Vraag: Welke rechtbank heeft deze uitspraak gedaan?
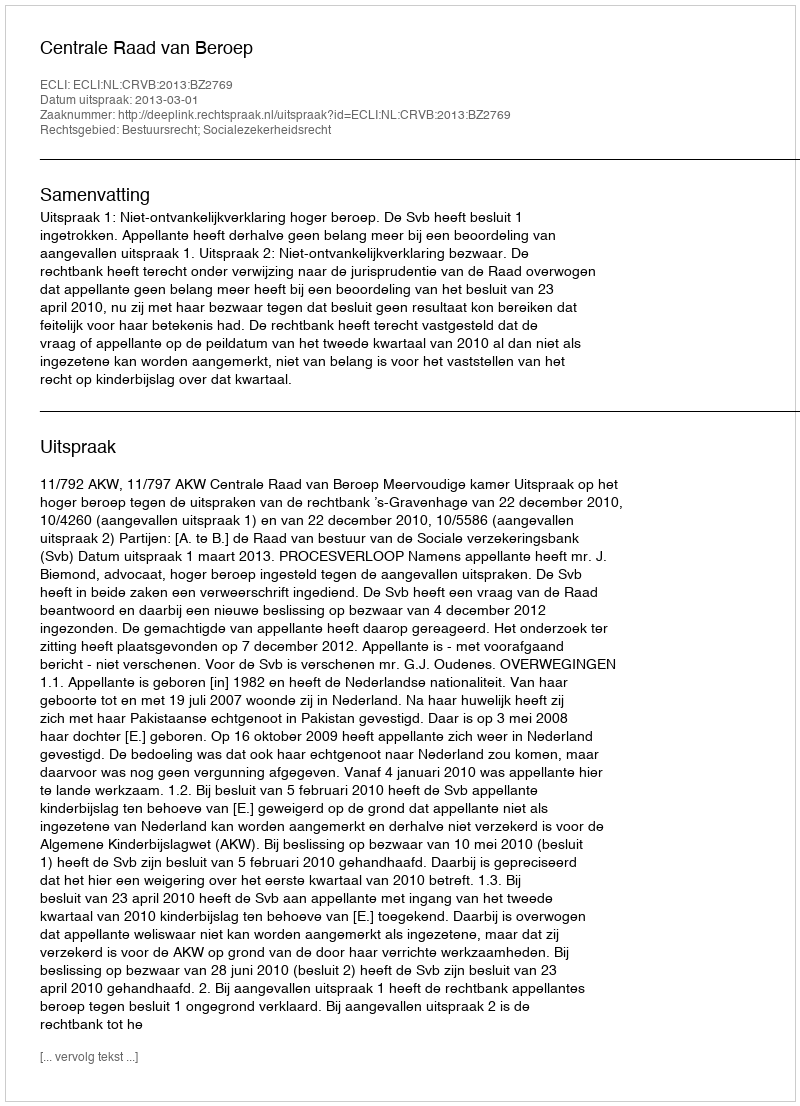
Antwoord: Centrale Raad van Beroep